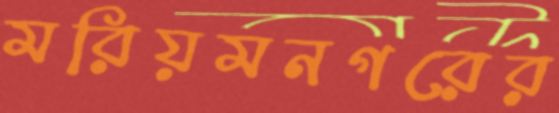
মরিয়মনগরের